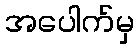
အပေါက်မှ